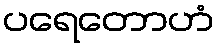
ပရေတောဟံ